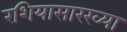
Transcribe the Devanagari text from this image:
रशियासारख्या